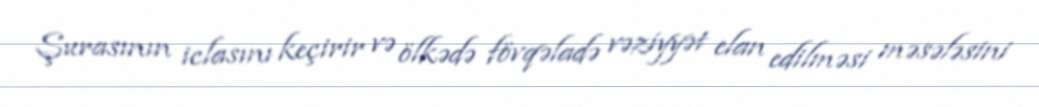
Şurasının iclasını keçirir və ölkədə fövqəladə vəziyyət elan edilməsi məsələsini